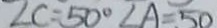
\angle C = 5 0 ^ { \circ } \angle A = 5 0